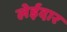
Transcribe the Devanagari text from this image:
लेईदार